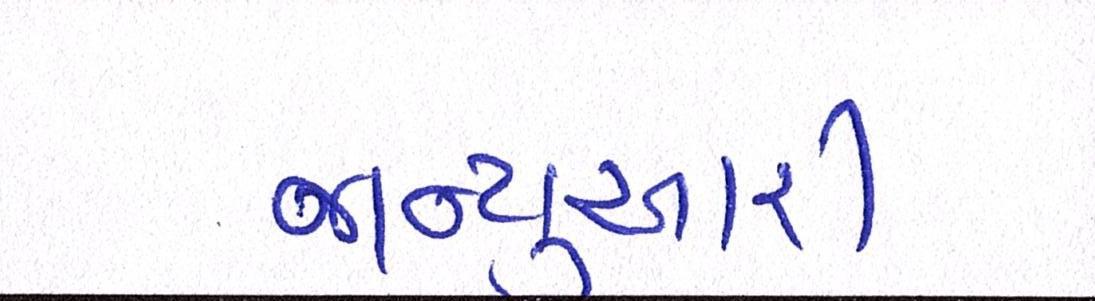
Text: જાન્યુઆરી